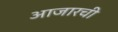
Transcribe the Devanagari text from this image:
आजारची